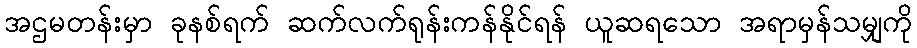
အဌမတန်းမှာ ခုနစ်ရက် ဆက်လက်ရုန်းကန်နိုင်ရန် ယူဆရသော အရာမှန်သမျှကို